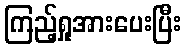
ကြည့်ရှုအားပေးပြီး